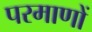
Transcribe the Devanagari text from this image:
परमाणों